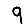
Digit: 9